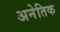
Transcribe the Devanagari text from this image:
अनेतिक